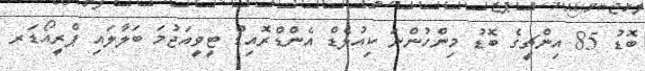
ބޮޑު 85 އިންޗީގެ ބޮޑު މިންހުންނަ ކިއުލެޑް އެންޑްރޮއިޑް ޓީވީއަޖުމަ ބަލާލައި ޕްރީއޯޑަރ